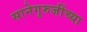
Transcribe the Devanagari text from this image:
सानेगुरुजींच्या